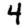
Digit: 4